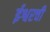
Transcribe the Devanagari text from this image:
ईश्वरची